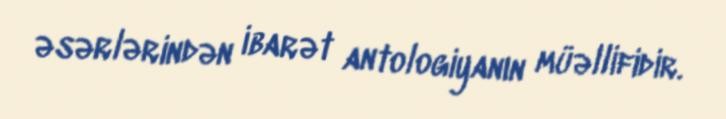
əsərlərindən ibarət antologiyanın müəllifidir.